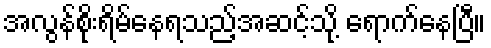
အလွန်စိုးရိမ်နေရသည့်အဆင့်သို့ ရောက်နေပြီ။